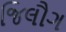
જિલૌગ